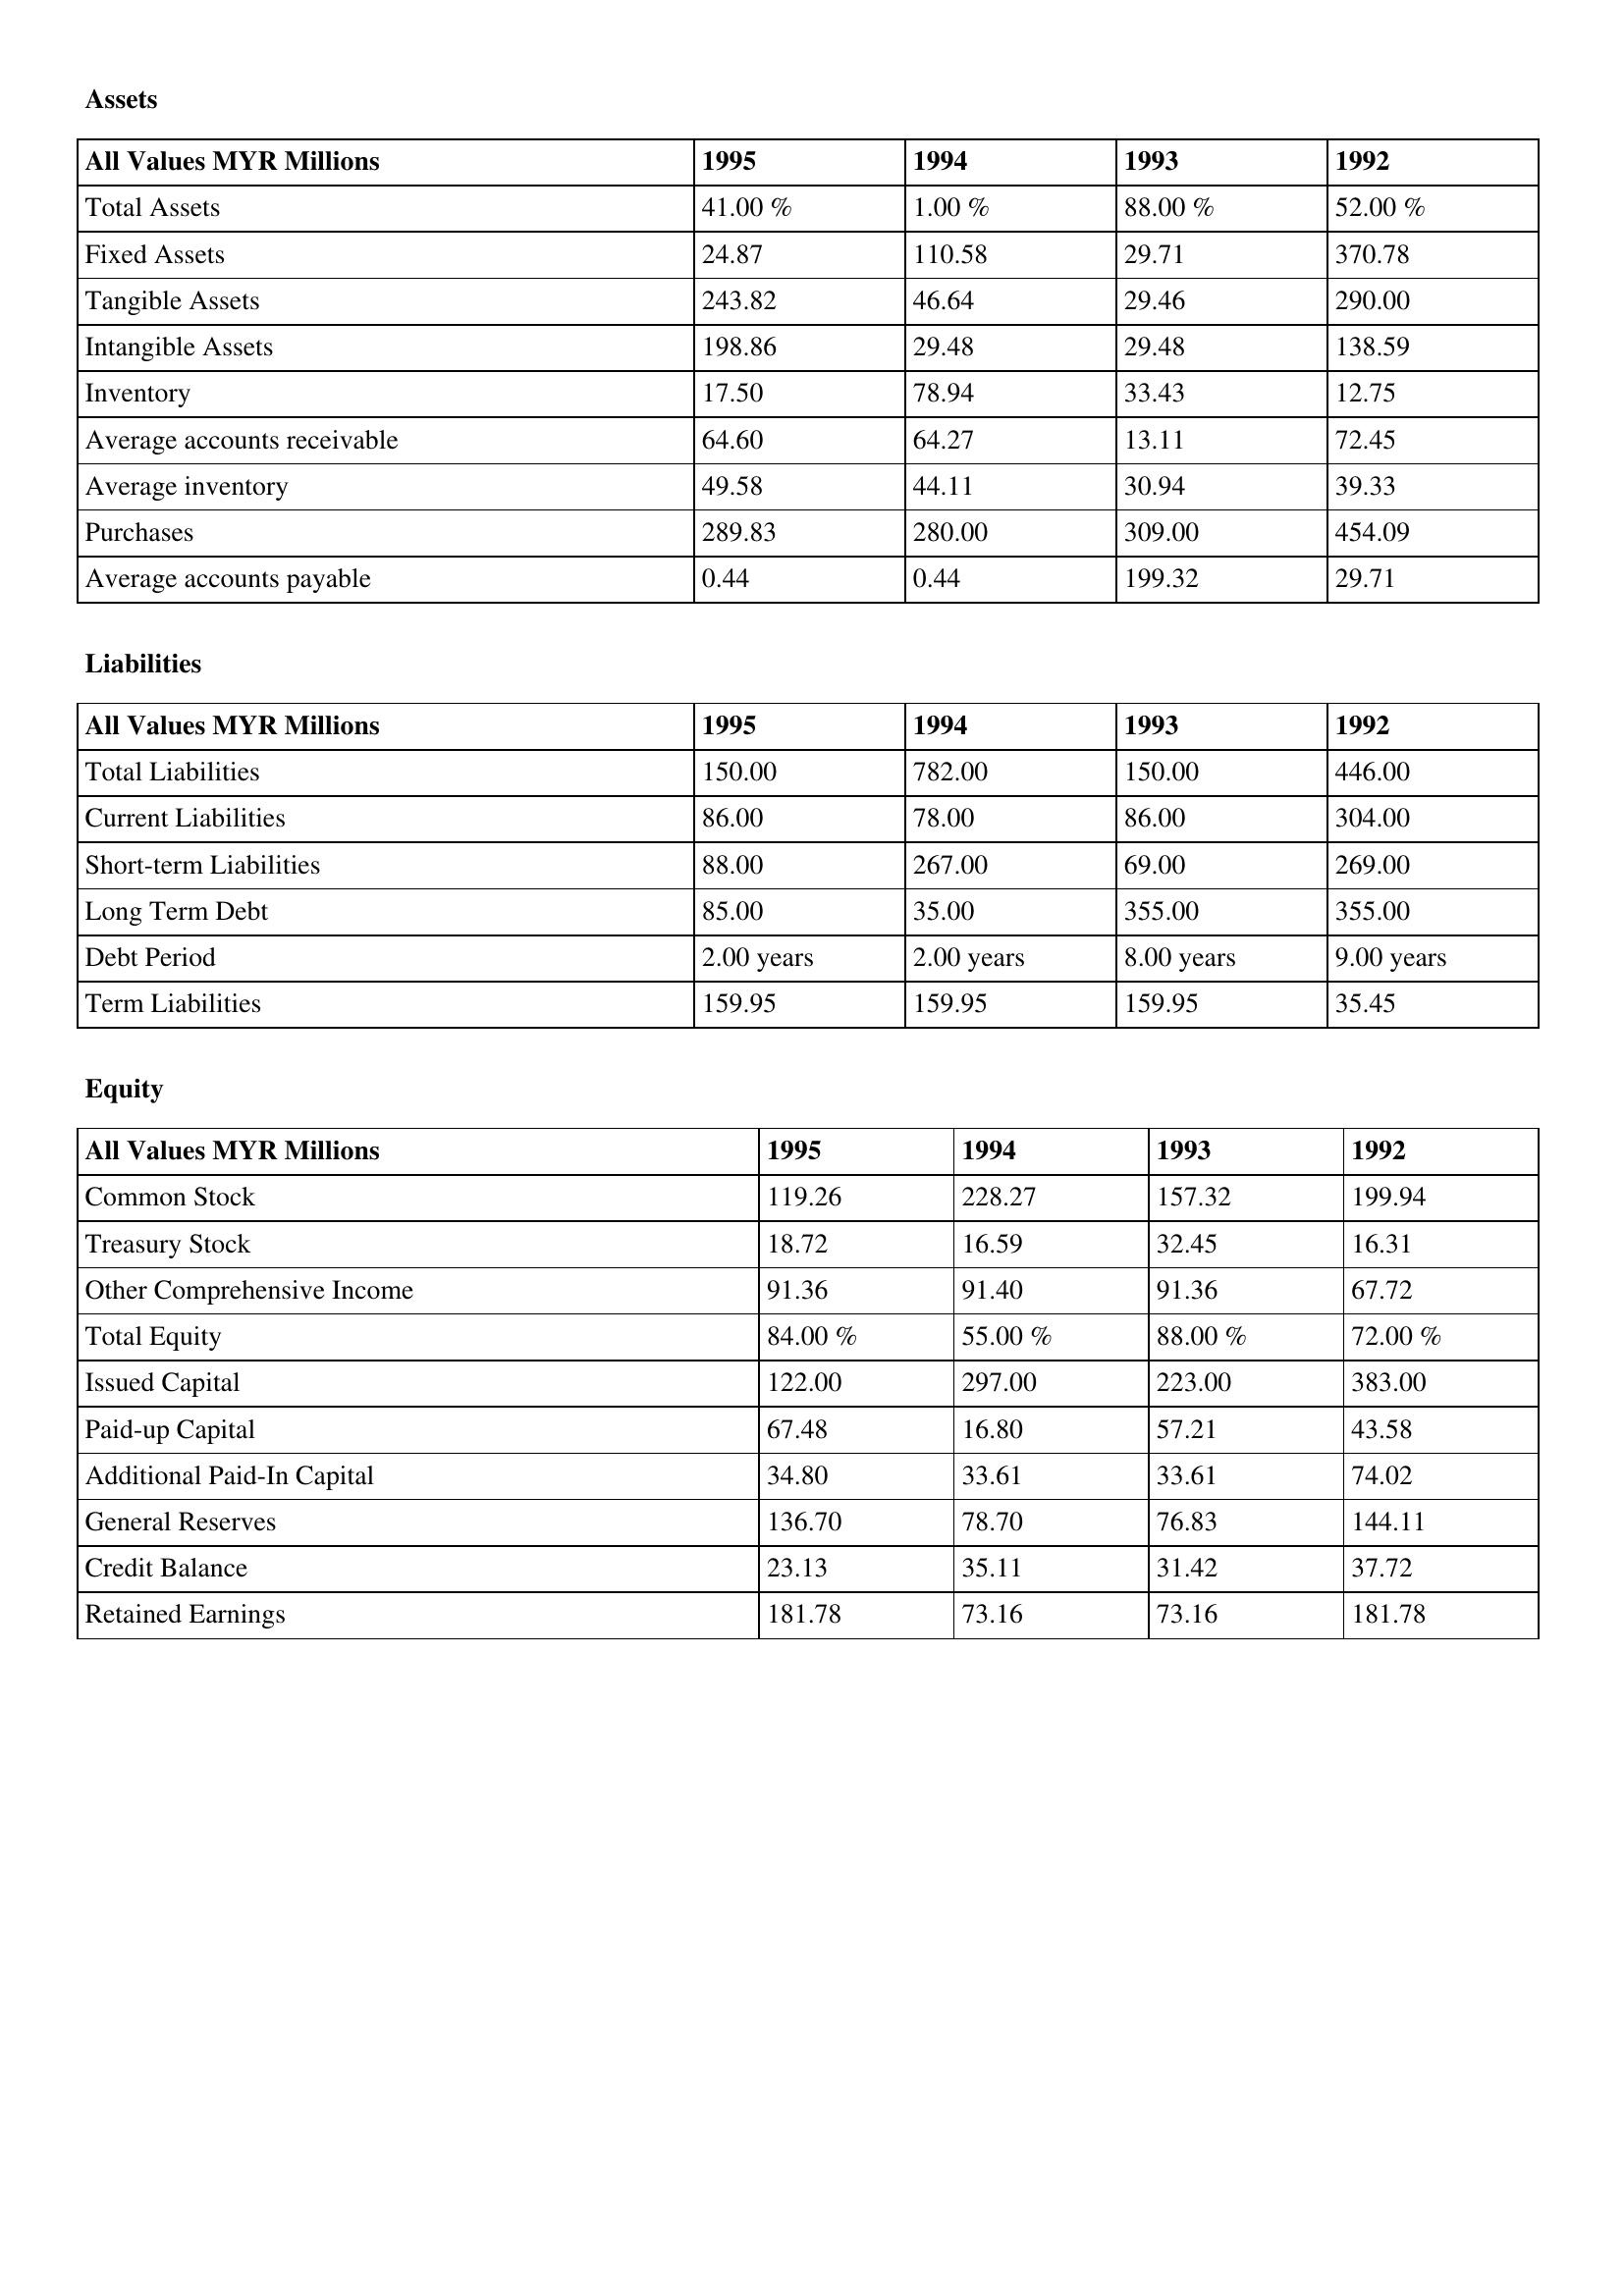
gt_parse: 1995: Assets: Total Assets: 41.00 %
Fixed Assets: 24.87
Tangible Assets: 243.82
Intangible Assets: 198.86
Inventory: 17.50
Average accounts receivable: 64.60
Average inventory: 49.58
Purchases: 289.83
Average accounts payable: 0.44
Liabilities: Total Liabilities: 150.00
Current Liabilities: 86.00
Short-term Liabilities: 88.00
Long Term Debt: 85.00
Debt Period: 2.00 years
Term Liabilities: 159.95
Equity: Common Stock: 119.26
Treasury Stock: 18.72
Other Comprehensive Income: 91.36
Total Equity: 84.00 %
Issued Capital: 122.00
Paid-up Capital: 67.48
Additional Paid-In Capital: 34.80
General Reserves: 136.70
Credit Balance: 23.13
Retained Earnings: 181.78
1994: Assets: Total Assets: 1.00 %
Fixed Assets: 110.58
Tangible Assets: 46.64
Intangible Assets: 29.48
Inventory: 78.94
Average accounts receivable: 64.27
Average inventory: 44.11
Purchases: 280.00
Average accounts payable: 0.44
Liabilities: Total Liabilities: 782.00
Current Liabilities: 78.00
Short-term Liabilities: 267.00
Long Term Debt: 35.00
Debt Period: 2.00 years
Term Liabilities: 159.95
Equity: Common Stock: 228.27
Treasury Stock: 16.59
Other Comprehensive Income: 91.40
Total Equity: 55.00 %
Issued Capital: 297.00
Paid-up Capital: 16.80
Additional Paid-In Capital: 33.61
General Reserves: 78.70
Credit Balance: 35.11
Retained Earnings: 73.16
1993: Assets: Total Assets: 88.00 %
Fixed Assets: 29.71
Tangible Assets: 29.46
Intangible Assets: 29.48
Inventory: 33.43
Average accounts receivable: 13.11
Average inventory: 30.94
Purchases: 309.00
Average accounts payable: 199.32
Liabilities: Total Liabilities: 150.00
Current Liabilities: 86.00
Short-term Liabilities: 69.00
Long Term Debt: 355.00
Debt Period: 8.00 years
Term Liabilities: 159.95
Equity: Common Stock: 157.32
Treasury Stock: 32.45
Other Comprehensive Income: 91.36
Total Equity: 88.00 %
Issued Capital: 223.00
Paid-up Capital: 57.21
Additional Paid-In Capital: 33.61
General Reserves: 76.83
Credit Balance: 31.42
Retained Earnings: 73.16
1992: Assets: Total Assets: 52.00 %
Fixed Assets: 370.78
Tangible Assets: 290.00
Intangible Assets: 138.59
Inventory: 12.75
Average accounts receivable: 72.45
Average inventory: 39.33
Purchases: 454.09
Average accounts payable: 29.71
Liabilities: Total Liabilities: 446.00
Current Liabilities: 304.00
Short-term Liabilities: 269.00
Long Term Debt: 355.00
Debt Period: 9.00 years
Term Liabilities: 35.45
Equity: Common Stock: 199.94
Treasury Stock: 16.31
Other Comprehensive Income: 67.72
Total Equity: 72.00 %
Issued Capital: 383.00
Paid-up Capital: 43.58
Additional Paid-In Capital: 74.02
General Reserves: 144.11
Credit Balance: 37.72
Retained Earnings: 181.78